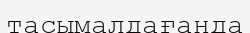
тасымалдағанда